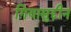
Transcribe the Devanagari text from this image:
ग़ियासुद्दीन